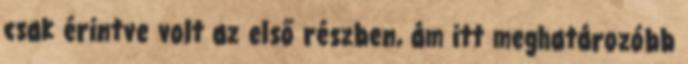
csak érintve volt az első részben, ám itt meghatározóbb